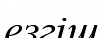
езгіш